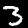
Label: 3